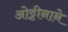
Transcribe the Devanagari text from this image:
ओट्टीनाने